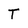
Character: T